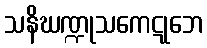
သနိဃဏ္ဍုသကေဋုဘေ